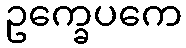
ဥက္ခေပကေ